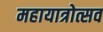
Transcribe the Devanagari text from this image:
महायात्रोत्सव